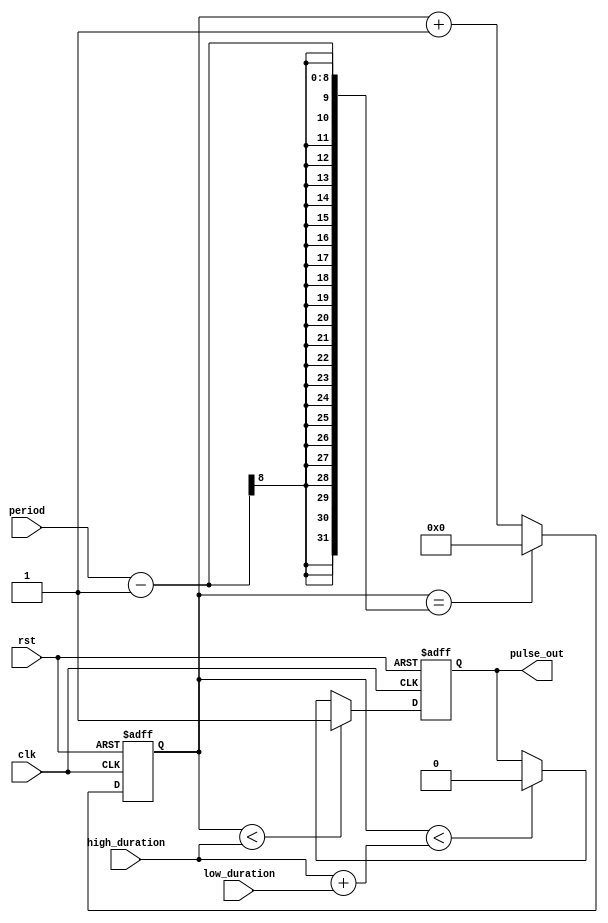
module duty_cycle_pulse_generator(
    input clk,      // clock signal
    input rst,      // reset signal
    input [7:0] high_duration,   // duration of high pulse
    input [7:0] low_duration,    // duration of low pulse
    input [7:0] period,          // period of the pulse
    output reg pulse_out         // output pulse signal
);

reg [7:0] count;

always @(posedge clk or posedge rst) begin
    if (rst) begin
        count <= 8'b0;   // initialize count to 0
        pulse_out <= 1'b0;  // initialize output pulse to low
    end else begin
        if (count < high_duration) begin
            pulse_out <= 1'b1;   // set output pulse high
        end else if (count < high_duration + low_duration) begin
            pulse_out <= 1'b0;   // set output pulse low
        end
        
        count <= count + 1;
        
        if (count == period - 1) begin
            count <= 8'b0;  // reset count when period is reached
        end
    end
end

endmodule